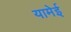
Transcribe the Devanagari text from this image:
यामेई